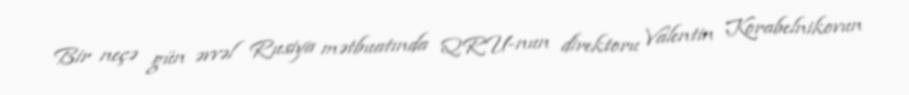
Bir neçə gün əvvəl Rusiya mətbuatında QRU-nun direktoru Valentin Korabelnikovun